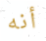
أنه